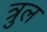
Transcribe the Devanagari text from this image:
त्रुल